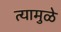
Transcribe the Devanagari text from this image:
त्यामुळे